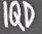
IQD